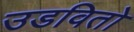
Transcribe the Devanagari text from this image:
उडवितो